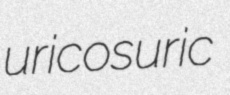
uricosuric